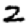
Digit: 2